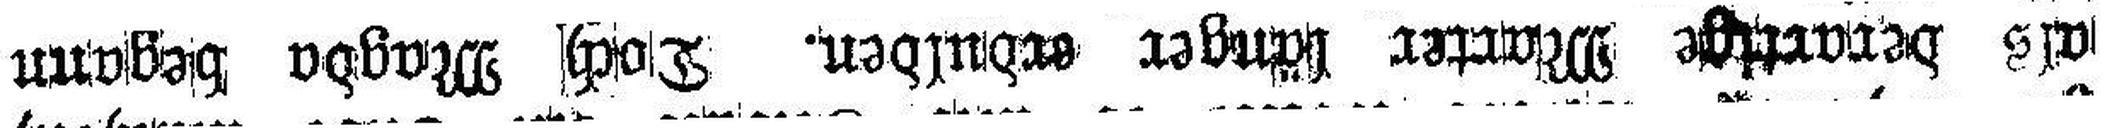
als berartige Marter länger erdulden. Doch Magda begann